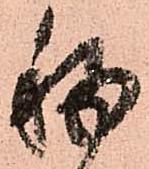
移